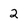
Character: 2